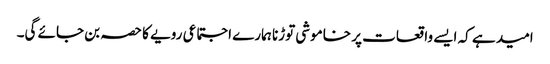
امید ہے کہ ایسے واقعات پر خاموشی توڑنا ہمارے اجتماعی رویے کا حصہ بن جائے گی۔